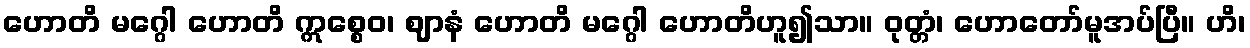
ဟောတိ မဂ္ဂေါ ဟောတိ ဣစ္စေဝ၊ ဈာနံ ဟောတိ မဂ္ဂေါ ဟောတိဟူ၍သာ။ ဝုတ္တံ၊ ဟောတော်မူအပ်ပြီ။ ဟိ၊